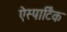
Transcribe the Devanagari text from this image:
ऐस्पार्टिक